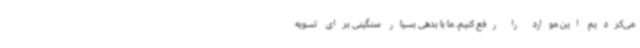
می‌کردیم این موارد را رفع کنیم. ما با بدهی بسیار سنگینی برای تسویه